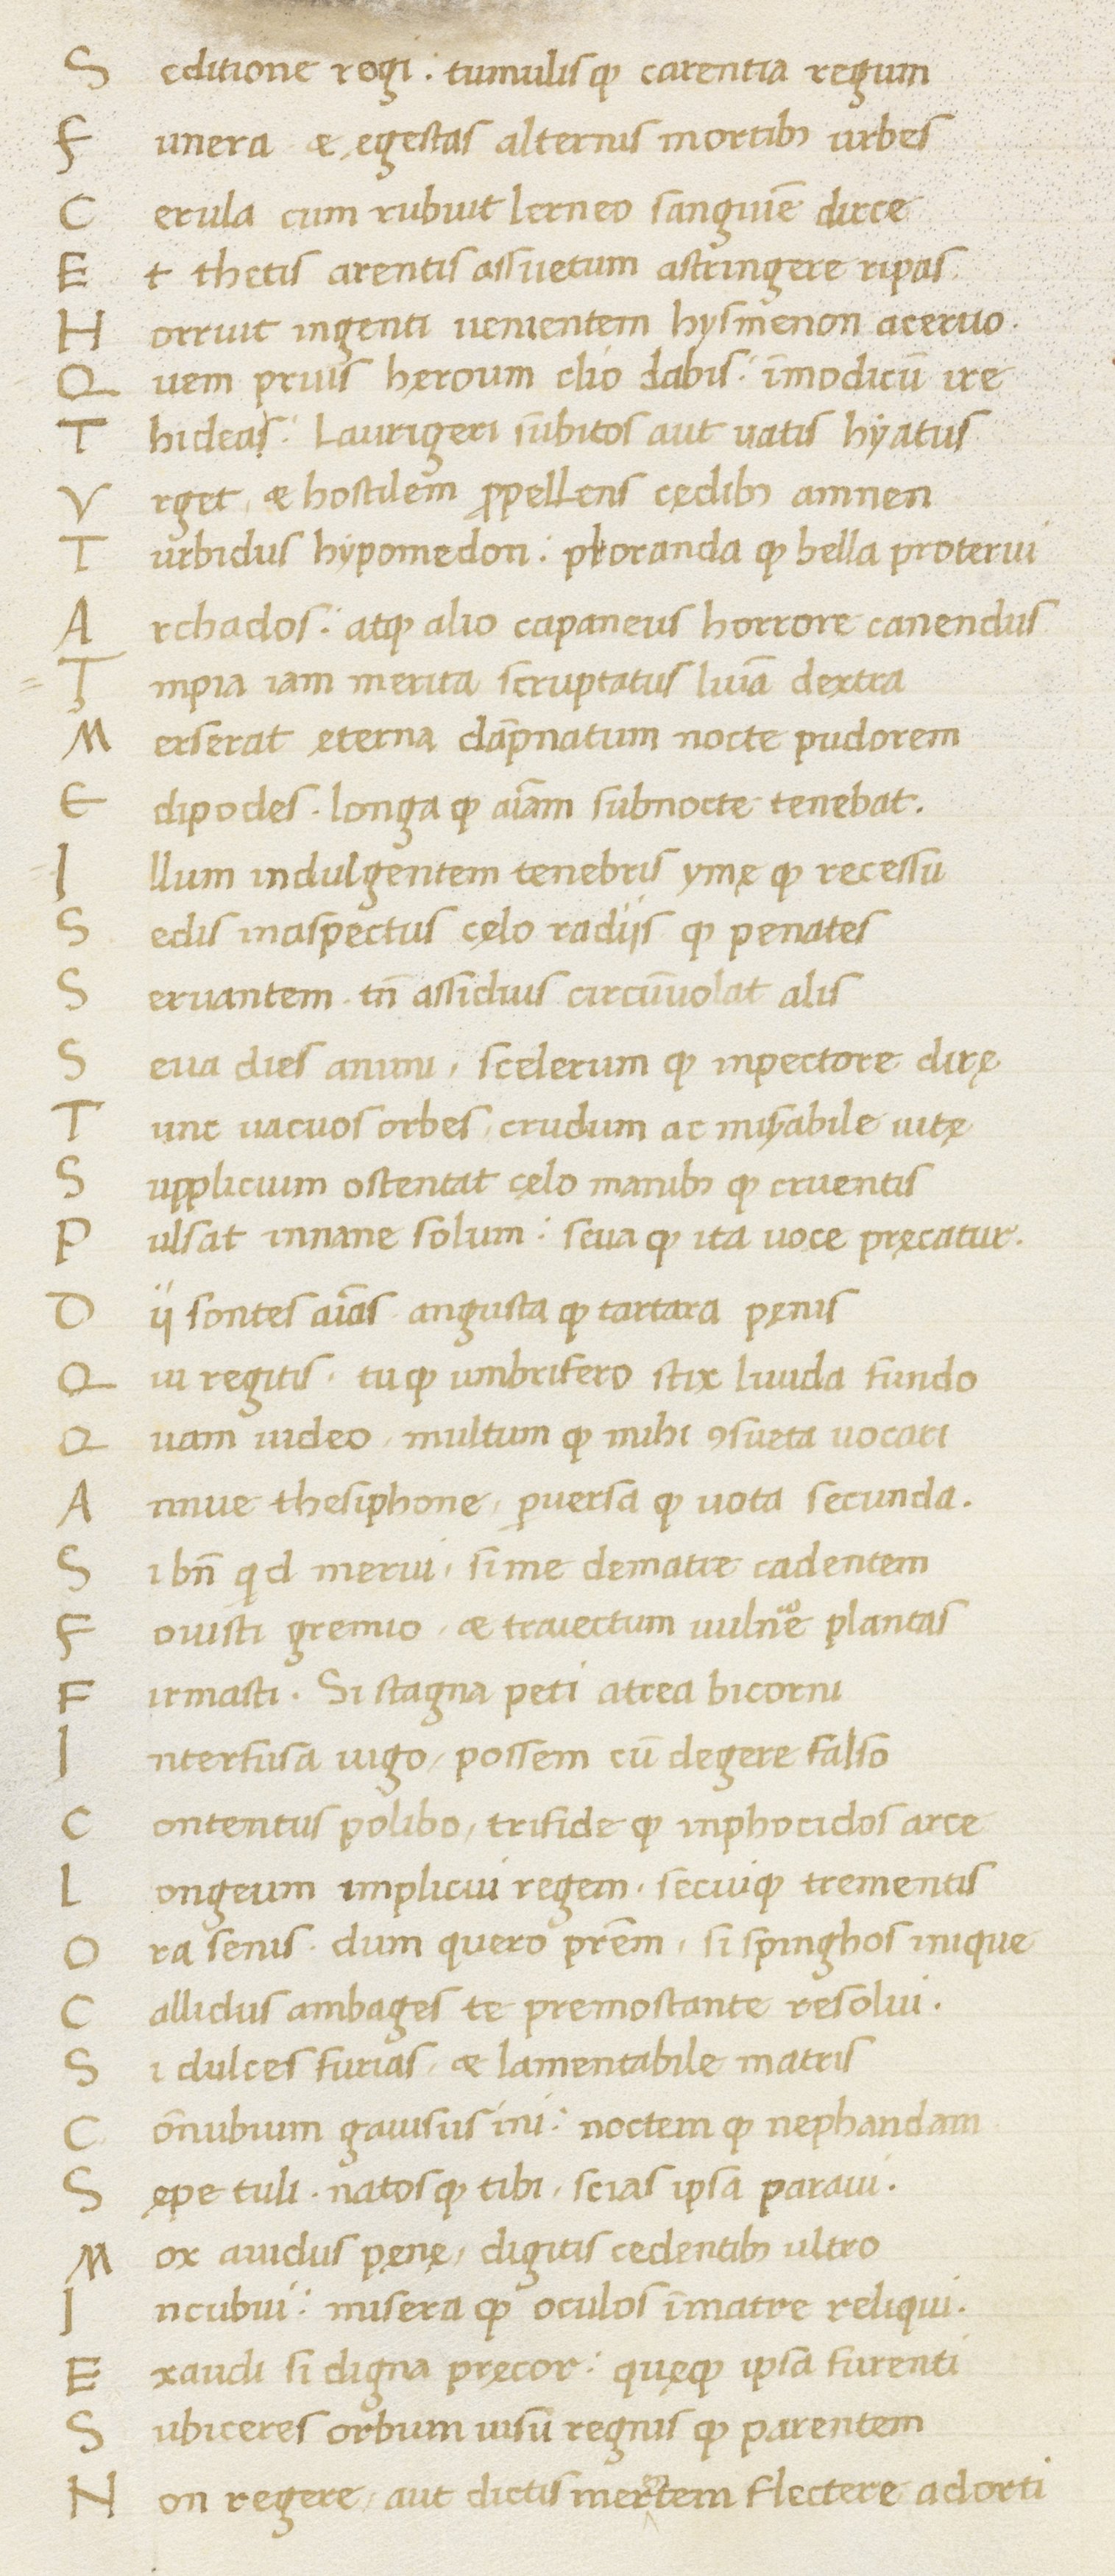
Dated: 1000–1099